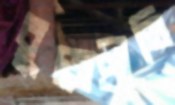
বুড়োপ্রীতি